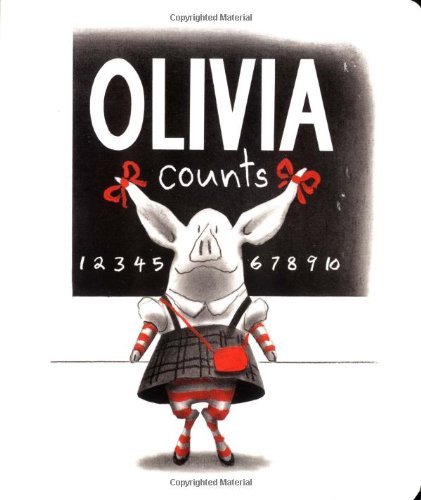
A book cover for Olivia Counts; Ian Falconer; Children's Books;